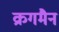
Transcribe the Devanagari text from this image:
क्रगमैन